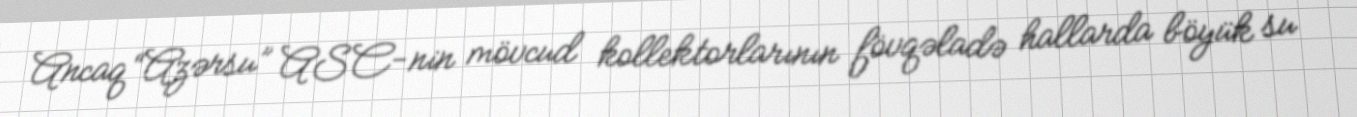
Ancaq “Azərsu” ASC-nin mövcud kollektorlarının fövqəladə hallarda böyük su